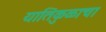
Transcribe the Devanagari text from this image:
यातिकुळाचा